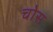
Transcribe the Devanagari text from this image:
चोस